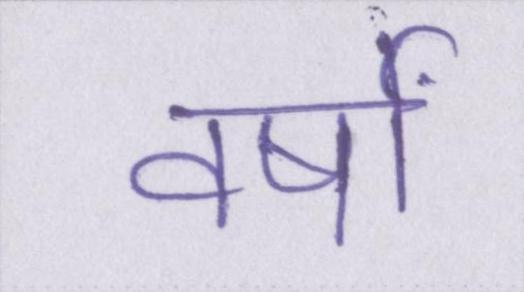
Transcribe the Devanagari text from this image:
वर्षों